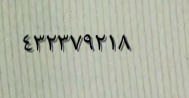
٤٣٢٣٧٩٢١٨